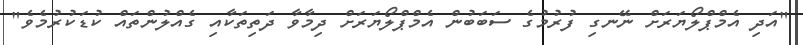
"އަދި އެމްޕްލޯޔަރަށް ނޭނގި ފުރުމުގެ ސަބަބުން އެމްޕްލޯޔަރަށް ދިމާވާ ދަތިތަކާއި ގެއްލުންތައް ކުޑަކުރުމެވެ"